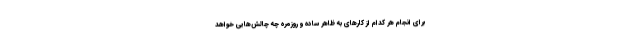
برای انجام هر کدام از کارهای به ظاهر ساده و روزمره چه چالش‌هایی خواهد